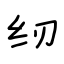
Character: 纫